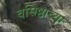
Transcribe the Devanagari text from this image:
वसिष्ठाच्या